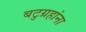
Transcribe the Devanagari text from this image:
बटुग्रहांना